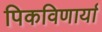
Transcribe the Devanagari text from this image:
पिकविणार्या